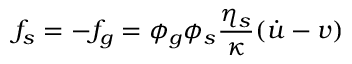
f _ { s } = - f _ { g } = \phi _ { g } \phi _ { s } \frac { \eta _ { s } } { \kappa } ( \dot { u } - v )